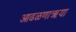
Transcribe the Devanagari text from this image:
आढळणाऋया